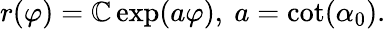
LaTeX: r(\varphi)=\mathbb{C}\exp(a\varphi),\ a=\cot(\alpha_{0}).